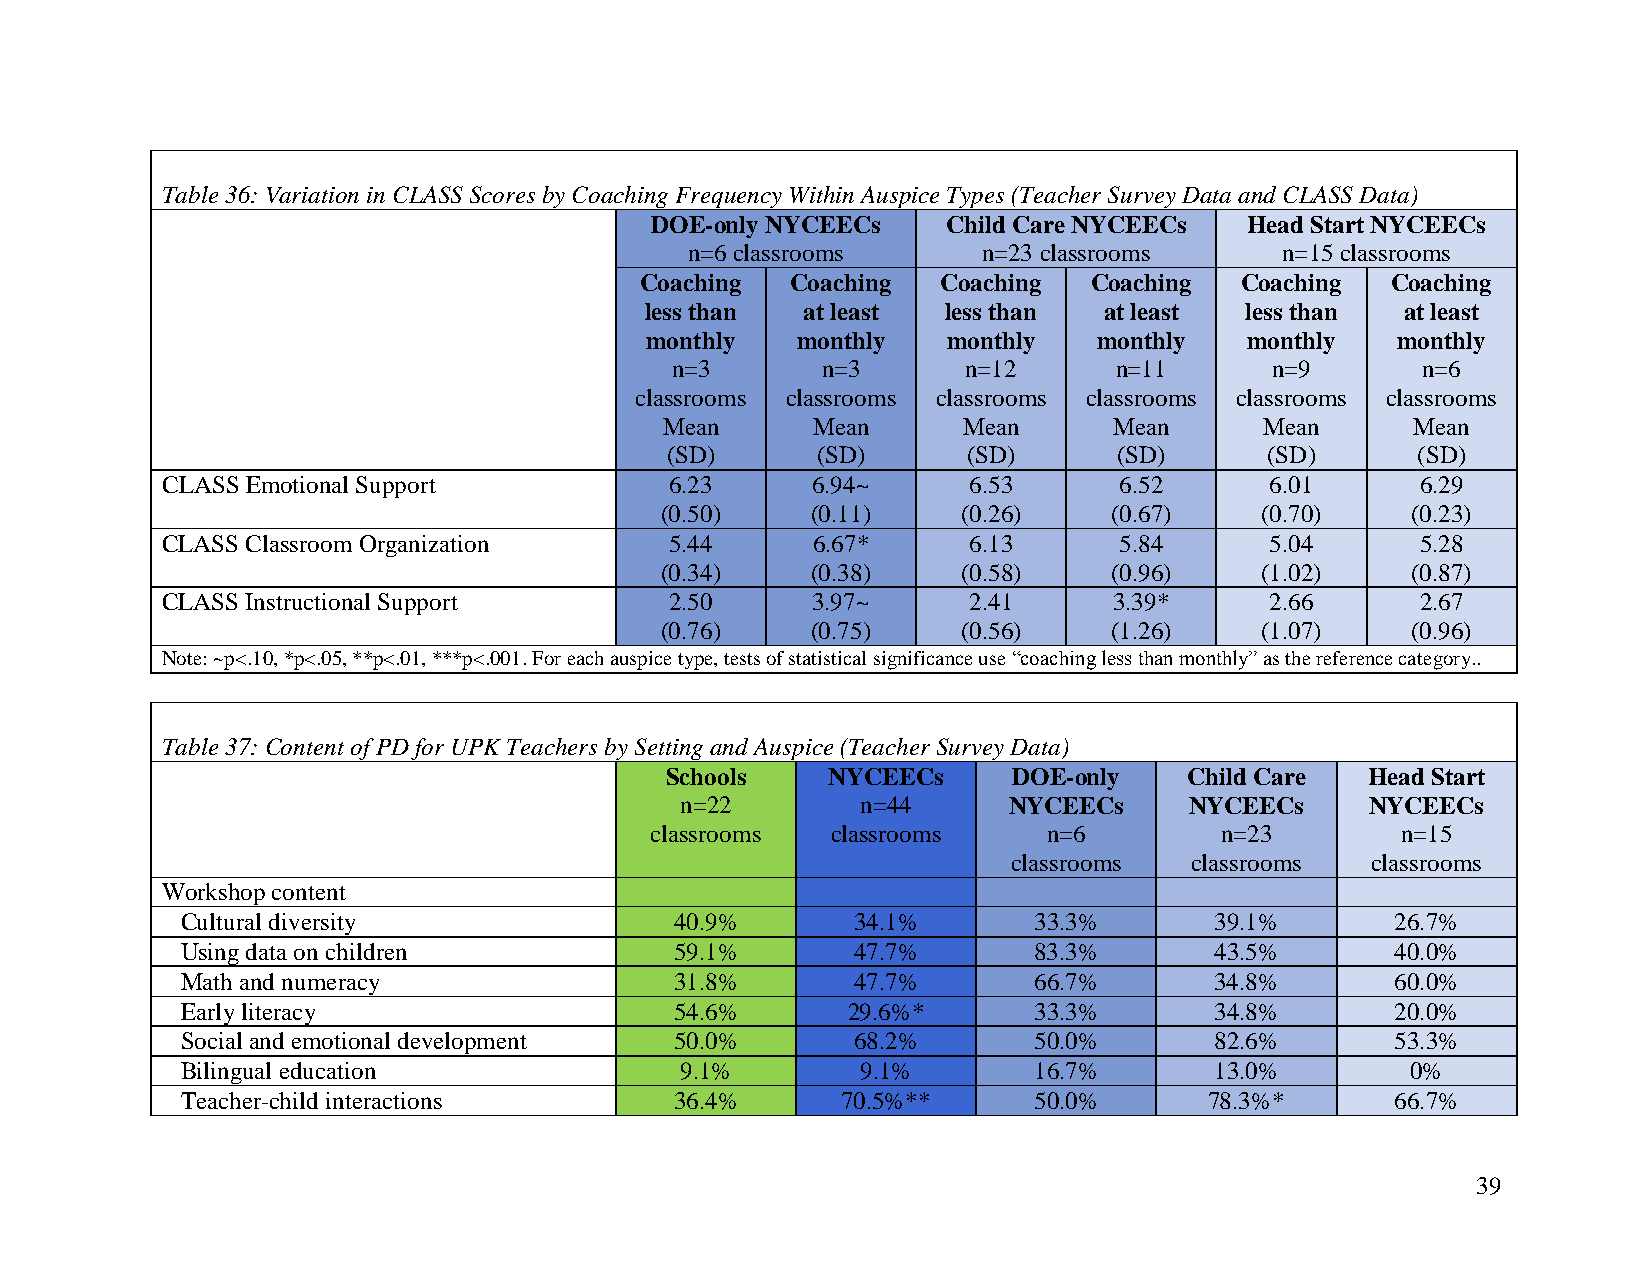
Table 36: Variation in CLASS Scores by Coaching Frequency Within Auspice Types (Teacher Survey Data and CLASS Data)
 DOE-only NYCEECs    Child Care NYCEECs  Head Start NYCEECs
 n=6 classrooms     n=23 classrooms     n=15 classrooms
 Coaching  Coaching  Coaching  Coaching  Coaching  Coaching
 less than at least  less than at least less than  at least
 monthly   monthly   monthly   monthly   monthly  monthly
 n=3       n=3       n=12      n=11      n=9       n=6
 classrooms classrooms classrooms classrooms classrooms classrooms
 Mean      Mean      Mean      Mean      Mean     Mean
 (SD)      (SD)      (SD)      (SD)      (SD)      (SD)
 CLASS Emotional Support          6.23      6.94~     6.53      6.52      6.01      6.29
 (0.50)    (0.11)    (0.26)    (0.67)   (0.70)    (0.23)
 CLASS Classroom Organization     5.44      6.67*     6.13      5.84      5.04      5.28
 (0.34)    (0.38)    (0.58)    (0.96)   (1.02)    (0.87)
 CLASS Instructional Support      2.50      3.97~     2.41      3.39*     2.66      2.67
 (0.76)    (0.75)    (0.56)    (1.26)   (1.07)    (0.96)
 Note: ~p<.10, *p<.05, **p<.01, ***p<.001. For each auspice type, tests of statistical significance use “coaching less than monthly” as the reference category..
 Table 37: Content of PD for UPK Teachers by Setting and Auspice (Teacher Survey Data)
 Schools    NYCEECs     DOE-only    Child Care  Head Start
 n=22        n=44      NYCEECs     NYCEECs     NYCEECs
 classrooms  classrooms    n=6         n=23        n=15
 classrooms  classrooms  classrooms
 Workshop content
 Cultural diversity               40.9%      34.1%       33.3%       39.1%       26.7%
 Using data on children           59.1%      47.7%       83.3%       43.5%       40.0%
 Math and numeracy                31.8%      47.7%       66.7%       34.8%       60.0%
 Early literacy                   54.6%      29.6%*      33.3%       34.8%       20.0%
 Social and emotional development 50.0%      68.2%       50.0%       82.6%       53.3%
 Bilingual education              9.1%        9.1%       16.7%       13.0%        0%
 Teacher-child interactions       36.4%      70.5%**     50.0%       78.3%*      66.7%
 39